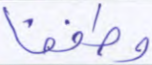
وطفقا